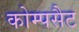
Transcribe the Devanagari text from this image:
कोम्पसैट